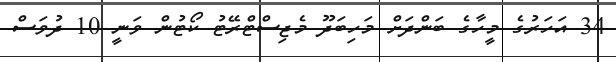
34 އަހަރުގެ މީހާގެ ބަންދަށް މަހިބަދޫ މެޖިސްޓްރޭޓު ކޯޓުން ވަނީ 10 ދުވަސް